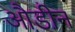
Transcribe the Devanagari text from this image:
औडीन